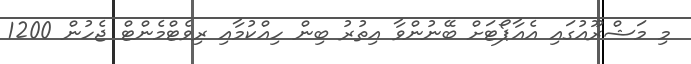
މި މަޝްރޫއުގައި އެއާޕޯޓަށް ބޭނުންވާ އިތުރު ބިން ހިއްކުމާއި ރިވެޓްމެންޓް ޖެހުން 1200